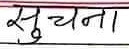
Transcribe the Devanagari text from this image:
सूचना